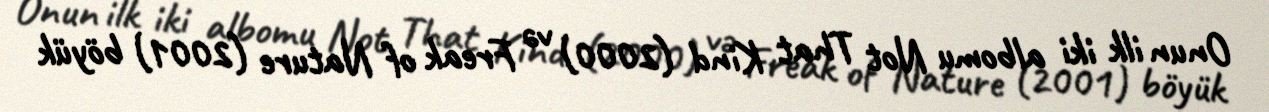
Onun ilk iki albomu Not That Kind (2000) və Freak of Nature (2001) böyük